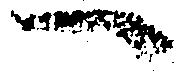
へ